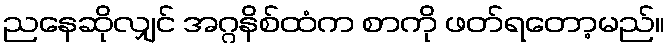
ညနေဆိုလျှင် အဂ္ဂနိစ်ထံက စာကို ဖတ်ရတော့မည်။